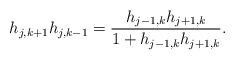
\begin{align*}h_{j,k+1}h_{j,k-1}=\frac{h_{j-1,k}h_{j+1,k}}{1+h_{j-1,k}h_{j+1,k}} .\end{align*}